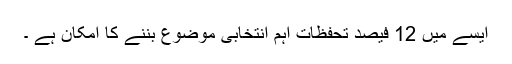
ایسے میں 12 فیصد تحفظات اہم انتخابی موضوع بننے کا امکان ہے ۔